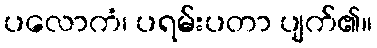
ပလောကံ၊ ပရမ်းပတာ ပျက်၏။